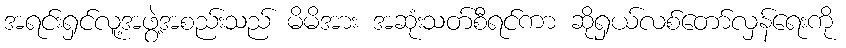
အရင်းရှင်လူ့အဖွဲ့အစည်းသည် မိမိအား အဆုံးသတ်စီရင်ကာ ဆိုရှယ်လစ်တော်လှန်ရေးကို